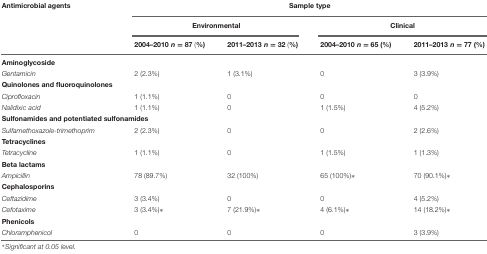
<table><thead><tr><td><b>Antimicrobial agents</b></td><td colspan="4"><b>Sample type</b></td></tr><tr><td></td><td colspan="2"><b>Environmental</b></td><td colspan="2"><b>Clinical</b></td></tr><tr><td></td><td><b>2004–2010 <i>n</i> = 87 (%)</b></td><td><b>2011–2013 <i>n</i> = 32 (%)</b></td><td><b>2004–2010 <i>n</i> = 65 (%)</b></td><td><b>2011–2013 <i>n</i> = 77 (%)</b></td></tr></thead><tbody><tr><td><b>Aminoglycoside</b></td></tr><tr><td><i>Gentamicin</i></td><td>2 (2.3%)</td><td>1 (3.1%)</td><td>0</td><td>3 (3.9%)</td></tr><tr><td><b>Quinolones and fluoroquinolones</b></td><td></td><td></td><td></td><td></td><td></td></tr><tr><td><i>Ciprofloxacin</i></td><td>1 (1.1%)</td><td>0</td><td>0</td><td>0</td></tr><tr><td><i>Nalidixic acid</i></td><td>1 (1.1%)</td><td>0</td><td>1 (1.5%)</td><td>4 (5.2%)</td></tr><tr><td><b>Sulfonamides and potentiated sulfonamides</b></td></tr><tr><td><i>Sulfamethoxazole-trimethoprim</i></td><td>2 (2.3%)</td><td>0</td><td>0</td><td>2 (2.6%)</td></tr><tr><td><b>Tetracyclines</b></td><td></td><td></td><td></td><td></td><td></td></tr><tr><td><i>Tetracycline</i></td><td>1 (1.1%)</td><td>0</td><td>1 (1.5%)</td><td>1 (1.3%)</td></tr><tr><td><b>Beta lactams</b></td><td></td><td></td><td></td><td></td><td></td></tr><tr><td><i>Ampicillin</i></td><td>78 (89.7%)</td><td>32 (100%)</td><td>65 (100%)∗</td><td>70 (90.1%)∗</td></tr><tr><td><b>Cephalosporins</b></td></tr><tr><td><i>Ceftazidime</i></td><td>3 (3.4%)</td><td>0</td><td>0</td><td>4 (5.2%)</td></tr><tr><td><i>Cefotaxime</i></td><td>3 (3.4%)∗</td><td>7 (21.9%)∗</td><td>4 (6.1%)∗</td><td>14 (18.2%)∗</td></tr><tr><td><b>Phenicols</b></td></tr><tr><td><i>Chloramphenicol</i></td><td>0</td><td>0</td><td>0</td><td>3 (3.9%)</td></tr></tbody></table>